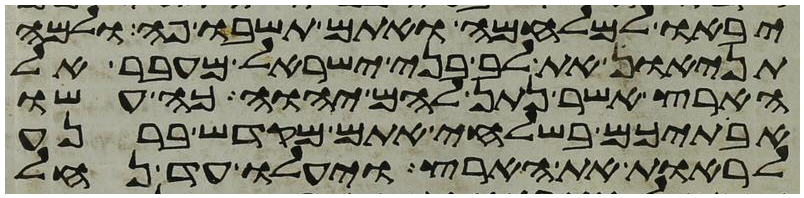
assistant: יבאו למלחמה ואתם תשבו פה ולמה
תניאו את לב בני ישראל מעבר אל
הארץ אשר נתן להם יהוה כה עשו
אבתיכם בשלחי אתם מקדש ברנע
לראות את הארץ ויעלו עד נחל